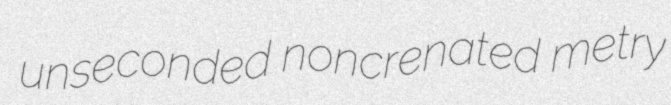
unseconded noncrenated metry